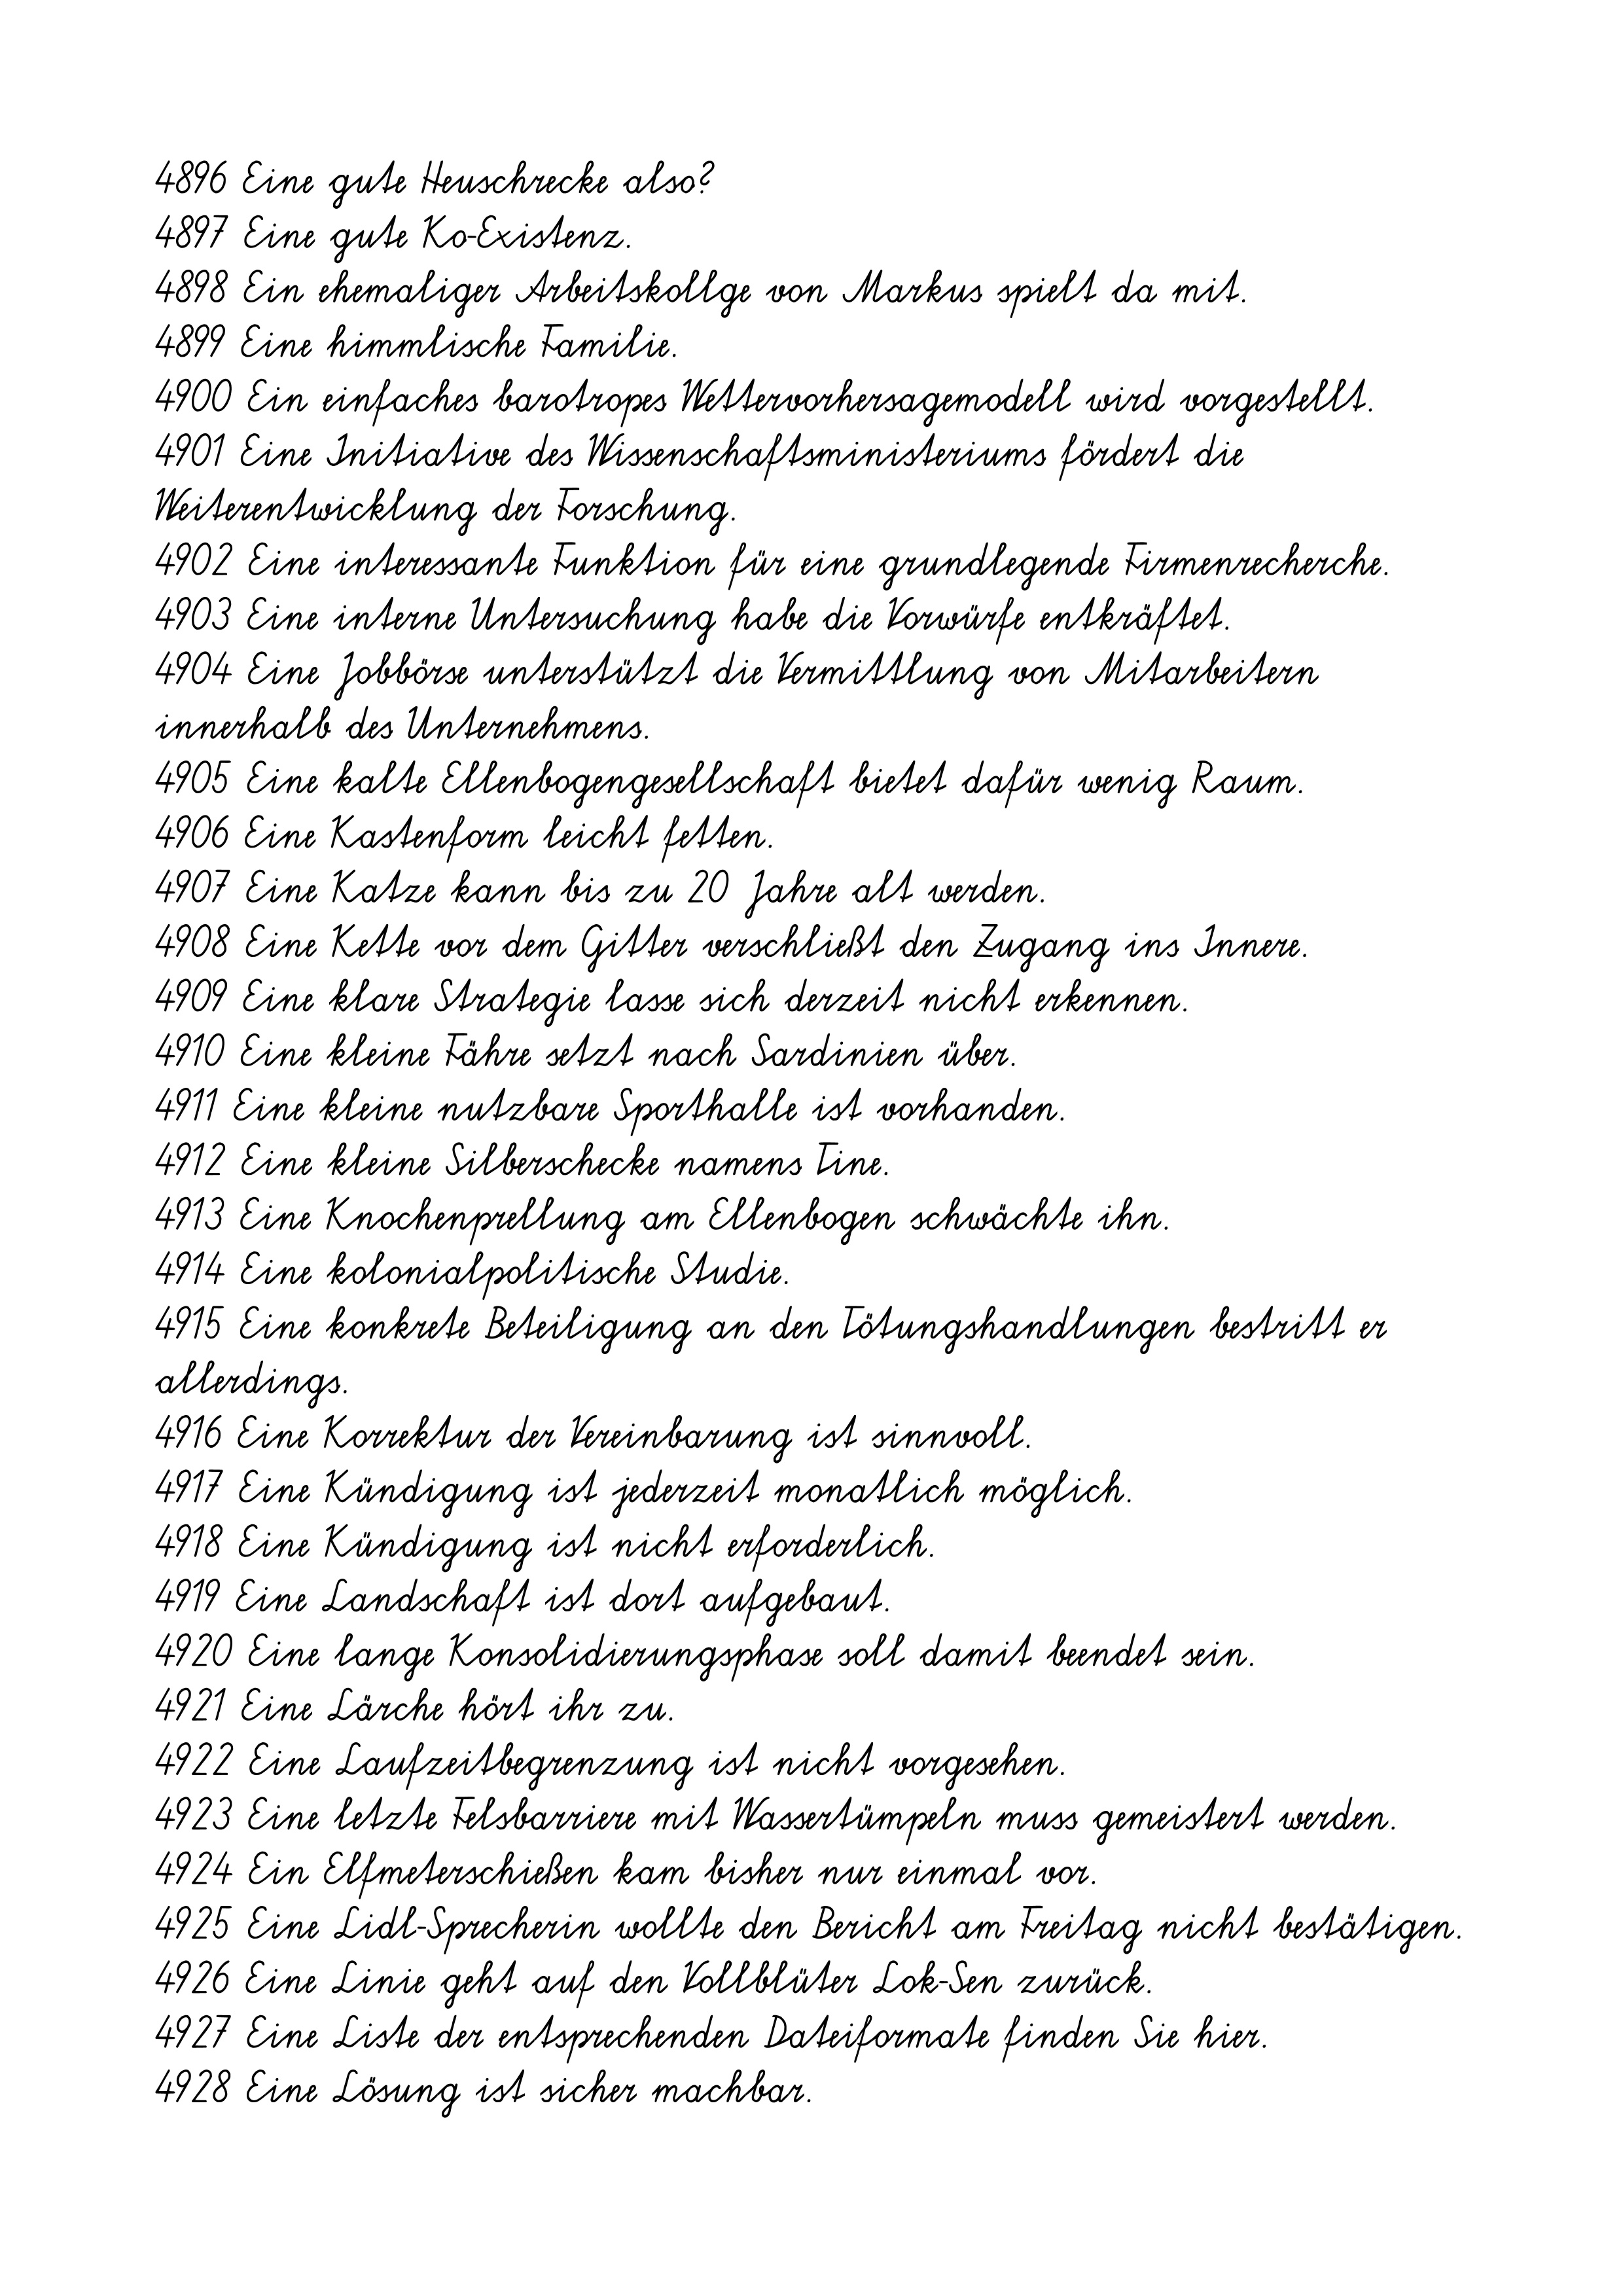
4896 Eine gute Heuschrecke also?
4897 Eine gute Ko-Existenz.
4898 Ein ehemaliger Arbeitskollge von Markus spielt da mit.
4899 Eine himmlische Familie.
4900 Ein einfaches barotropes Wettervorhersagemodell wird vorgestellt.
4901 Eine Initiative des Wissenschaftsministeriums fördert die
Weiterentwicklung der Forschung.
4902 Eine interessante Funktion für eine grundlegende Firmenrecherche.
4903 Eine interne Untersuchung habe die Vorwürfe entkräftet.
4904 Eine Jobbörse unterstützt die Vermittlung von Mitarbeitern
innerhalb des Unternehmens.
4905 Eine kalte Ellenbogengesellschaft bietet dafür wenig Raum.
4906 Eine Kastenform leicht fetten.
4907 Eine Katze kann bis zu 20 Jahre alt werden.
4908 Eine Kette vor dem Gitter verschließt den Zugang ins Innere.
4909 Eine klare Strategie lasse sich derzeit nicht erkennen.
4910 Eine kleine Fähre setzt nach Sardinien über.
4911 Eine kleine nutzbare Sporthalle ist vorhanden.
4912 Eine kleine Silberschecke namens Tine.
4913 Eine Knochenprellung am Ellenbogen schwächte ihn.
4914 Eine kolonialpolitische Studie.
4915 Eine konkrete Beteiligung an den Tötungshandlungen bestritt er
allerdings.
4916 Eine Korrektur der Vereinbarung ist sinnvoll.
4917 Eine Kündigung ist jederzeit monatlich möglich.
4918 Eine Kündigung ist nicht erforderlich.
4919 Eine Landschaft ist dort aufgebaut.
4920 Eine lange Konsolidierungsphase soll damit beendet sein.
4921 Eine Lärche hört ihr zu.
4922 Eine Laufzeitbegrenzung ist nicht vorgesehen.
4923 Eine letzte Felsbarriere mit Wassertümpeln muss gemeistert werden.
4924 Ein Elfmeterschießen kam bisher nur einmal vor.
4925 Eine Lidl-Sprecherin wollte den Bericht am Freitag nicht bestätigen.
4926 Eine Linie geht auf den Vollblüter Lok-Sen zurück.
4927 Eine Liste der entsprechenden Dateiformate finden Sie hier.
4928 Eine Lösung ist sicher machbar.